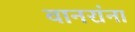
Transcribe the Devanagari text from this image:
वानरांना